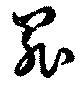
罪